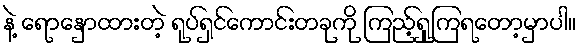
နဲ့ ရောနှောထားတဲ့ ရုပ်ရှင်ကောင်းတခုကို ကြည့်ရှုကြရတော့မှာပါ။